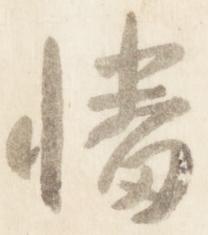
幡